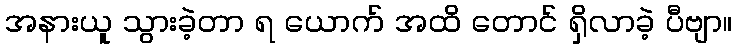
အနားယူ သွားခဲ့တာ ရ ယောက် အထိ တောင် ရှိလာခဲ့ ပီဗျာ။